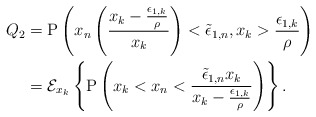
\begin{align*}Q_2 &= \mathrm{P}\left( x_n \left( \frac{ x_k- \frac{\epsilon_{1,k}}{\rho} }{x_k }\right)<\tilde{\epsilon}_{1,n}, x_k> \frac{\epsilon_{1,k}}{\rho}\right) \\ &= \mathcal{E}_{x_k}\left\{\mathrm{P}\left( x_k< x_n <\frac{\tilde{\epsilon}_{1,n}x_k}{ x_k- \frac{\epsilon_{1,k}}{\rho} }\right)\right\}.\end{align*}